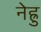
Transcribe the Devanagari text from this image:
नेह्रु